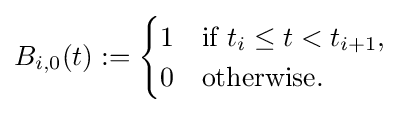
B_{i,0}(t):={\begin{cases}1&{\text{if }}t_{i}\leq t<t_{i+1},\\0&{\text{otherwise}}.\end{cases}}